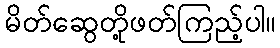
မိတ်ဆွေတို့ဖတ်ကြည့်ပါ။